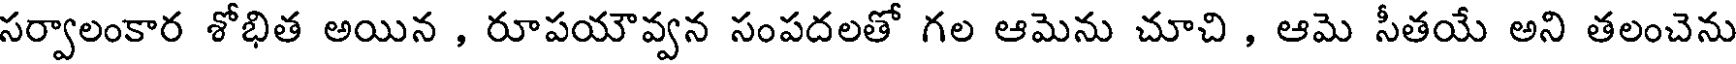
సర్వాలంకార శోభిత అయిన , రూపయౌవ్వన సంపదలతో గల ఆమెను చూచి , ఆమె సీతయే అని తలంచెను